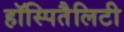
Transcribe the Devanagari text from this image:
हॉस्पितैलिटी